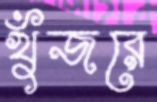
খুঁজরে